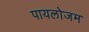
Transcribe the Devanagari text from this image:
पायलोजम